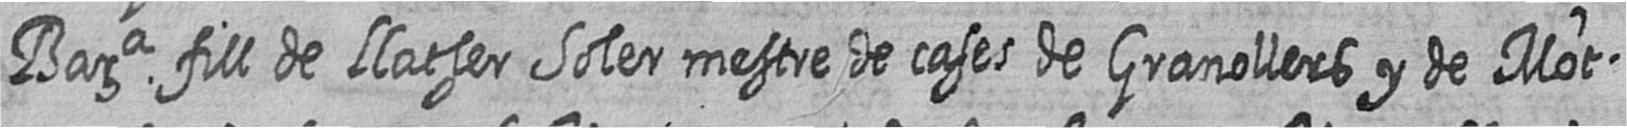
Bara fill de Llatser Soler mestre de cases de Granollers y de Mot=